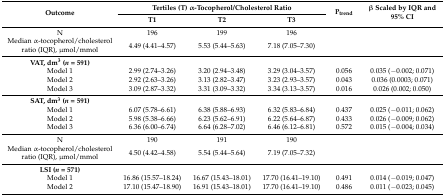
<table><thead><tr><td rowspan="2"><b>Outcome</b></td><td colspan="3"><b>Tertiles (T) α-Tocopherol/Cholesterol Ratio</b></td><td rowspan="2"><b>P<sub>trend</sub></b></td><td rowspan="2"><b>β Scaled by IQR and 95% CI</b></td></tr><tr><td><b>T1</b></td><td><b>T2</b></td><td><b>T3</b></td></tr></thead><tbody><tr><td>N</td><td>196</td><td>199</td><td>196</td><td></td><td></td></tr><tr><td>Median α-tocopherol/cholesterol ratio (IQR), μmol/mmol</td><td>4.49 (4.41–4.57)</td><td>5.53 (5.44–5.63)</td><td>7.18 (7.05–7.30)</td><td></td><td></td></tr><tr><td><b>VAT, dm<sup>3</sup> (<i>n</i> = 591)</b></td><td></td><td></td><td></td><td></td><td></td></tr><tr><td>Model 1</td><td>2.99 (2.74–3.26)</td><td>3.20 (2.94–3.48)</td><td>3.29 (3.04–3.57)</td><td>0.056</td><td>0.035 (−0.002; 0.071)</td></tr><tr><td>Model 2</td><td>2.92 (2.63–3.26)</td><td>3.13 (2.82–3.47)</td><td>3.23 (2.93–3.57)</td><td>0.043</td><td>0.036 (0.0003; 0.071)</td></tr><tr><td>Model 3</td><td>3.09 (2.87–3.32)</td><td>3.31 (3.09–3.32)</td><td>3.34 (3.13–3.57)</td><td>0.016</td><td>0.026 (0.002; 0.050)</td></tr><tr><td><b>SAT, dm<sup>3</sup> (<i>n</i> = 591)</b></td><td></td><td></td><td></td><td></td><td></td></tr><tr><td>Model 1</td><td>6.07 (5.78–6.61)</td><td>6.38 (5.88–6.93)</td><td>6.32 (5.83–6.84)</td><td>0.437</td><td>0.025 (−0.011; 0.062)</td></tr><tr><td>Model 2</td><td>5.98 (5.38–6.66)</td><td>6.23 (5.62–6.91)</td><td>6.22 (5.64–6.87)</td><td>0.433</td><td>0.026 (−0.009; 0.062)</td></tr><tr><td>Model 3</td><td>6.36 (6.00–6.74)</td><td>6.64 (6.28–7.02)</td><td>6.46 (6.12–6.81)</td><td>0.572</td><td>0.015 (−0.004; 0.034)</td></tr><tr><td>N</td><td>190</td><td>191</td><td>190</td><td></td><td></td></tr><tr><td>Median α-tocopherol/cholesterol ratio (IQR), μmol/mmol</td><td>4.50 (4.42–4.58)</td><td>5.54 (5.44–5.64)</td><td>7.19 (7.05–7.32)</td><td></td><td></td></tr><tr><td><b>LSI (<i>n</i> = 571)</b></td><td></td><td></td><td></td><td></td><td></td></tr><tr><td>Model 1</td><td>16.86 (15.57–18.24)</td><td>16.67 (15.43–18.01)</td><td>17.70 (16.41–19.10)</td><td>0.491</td><td>0.014 (−0.019; 0.047)</td></tr><tr><td>Model 2</td><td>17.10 (15.47–18.90)</td><td>16.91 (15.43–18.01)</td><td>17.70 (16.41–19.10)</td><td>0.486</td><td>0.011 (−0.023; 0.045)</td></tr></tbody></table>